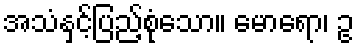
အသံနှင့်ပြည့်စုံသော။ မောရော၊ ဥ